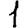
Digit: 1